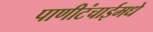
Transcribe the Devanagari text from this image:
पाणीटंचाईमधे